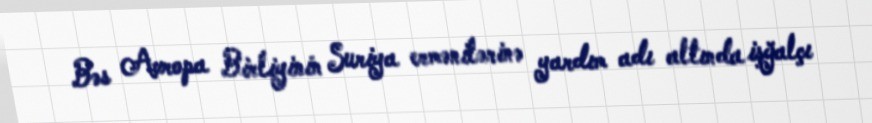
Bəs Avropa Birliyinin Suriya ermənilərinə yardım adı altında işğalçı